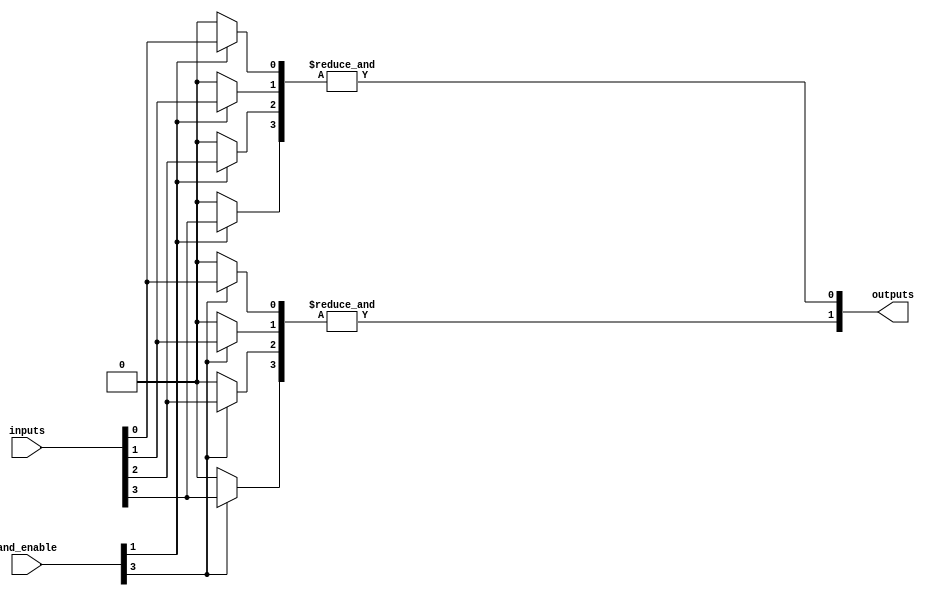
module SPAL #(
    parameter NUM_INPUTS = 8,         // Number of inputs
    parameter NUM_AND_GATES = 4,      // Number of AND gates
    parameter NUM_OR_GATES = 2         // Number of OR gates
)(
    input  wire [NUM_INPUTS-1:0] inputs,    // Input signals
    input  wire [NUM_AND_GATES-1:0] and_enable, // Enable signals for each AND gate
    output wire [NUM_OR_GATES-1:0] outputs   // Output signals
);

// Programmable AND array
wire [NUM_AND_GATES-1:0] and_outputs [NUM_INPUTS-1:0]; // AND outputs

// Generate AND gates based on programmable connections
genvar i, j;
generate
    for (i = 0; i < NUM_AND_GATES; i = i + 1) begin : and_gate
        for (j = 0; j < NUM_INPUTS; j = j + 1) begin : input_connection
            // Each AND gate output is determined by the enable signal and the input
            assign and_outputs[i][j] = and_enable[i] ? inputs[j] : 1'b0; // AND gate enabled
        end
        // Combine the inputs for the AND gate
        assign and_outputs[i] = &and_outputs[i]; // AND operation
    end
endgenerate

// Fixed OR array
wire [NUM_OR_GATES-1:0] or_inputs [NUM_AND_GATES-1:0]; // OR inputs

// Connect AND outputs to OR inputs (fixed connections)
assign or_inputs[0] = {and_outputs[0], and_outputs[1]}; // Example connection
assign or_inputs[1] = {and_outputs[2], and_outputs[3]}; // Example connection

// Generate OR gates
generate
    for (i = 0; i < NUM_OR_GATES; i = i + 1) begin : or_gate
        assign outputs[i] = |or_inputs[i]; // OR operation
    end
endgenerate

endmodule